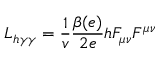
{ \cal L } _ { h \gamma \gamma } = \frac { 1 } { v } \frac { \beta ( e ) } { 2 e } h F _ { \mu \nu } F ^ { \mu \nu }